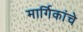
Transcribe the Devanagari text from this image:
मार्गिकांचे